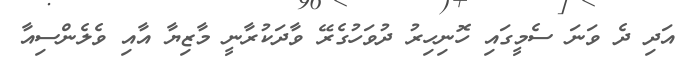
އަދި ދެ ވަނަ ސެމީގައި ހޮނިހިރު ދުވަހުގެރޭ ވާދަކުރާނީ މާޒިޔާ އާއި ވެލެންސިއާ